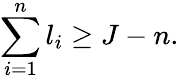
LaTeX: \sum_{i=1}^{n}l_{i}\geq J-n.